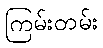
ကြမ်းတမ်း